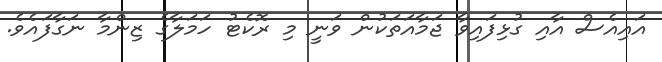
އައިއެސް އާއި ގުޅިފައިވާ ޖަމާއަތަކުން ވަނީ މި ރޮކެޓު ހަމަލާގެ ޒިންމާ ނަގާފައެވެ.